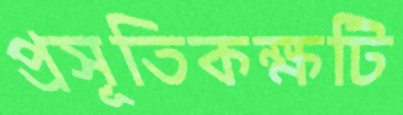
প্রসূতিকক্ষটি